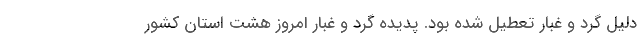
دلیل گرد و غبار تعطیل شده بود. پدیده گرد و غبار امروز هشت استان کشور